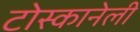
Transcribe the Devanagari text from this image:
टोस्कानेली